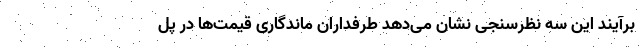
برآیند این سه نظرسنجی نشان می‌دهد طرفداران ماندگاری قیمت‌ها در پل